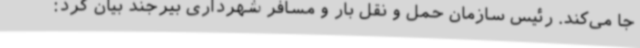
جا می‌کند. رئیس سازمان حمل و نقل بار و مسافر شهرداری بیرجند بیان کرد: